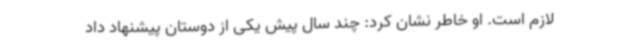
لازم است. او خاطر نشان کرد: چند سال پیش یکی از دوستان پیشنهاد داد